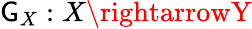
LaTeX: \mathsf{G}_{X}:X\rightarrowY